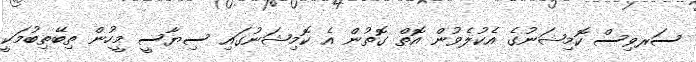
ސަރވިސް ކޮމިޝަނުގެ އެކުލެވުން އޮތް ގޮތުން އެ ކޮމިޝަނުގައި ސިޔާސީ މީހުން ތިބޭތިބުމަކީ